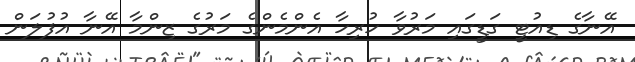
އޭނާގެ ޑިއުޓީ ގަޑީގައި މަރުވާ ހުރިހާ އެންމެންގެ މަރުގެ ޒިންމާ އޭނާ އުފުލަން